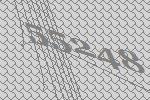
55248